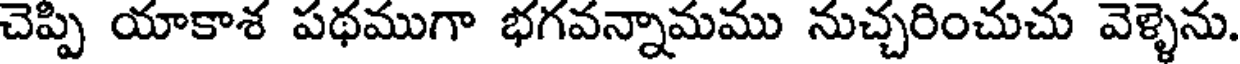
చెప్పి యాకాశ పథముగా భగవన్నామము నుచ్చరించుచు వెళ్ళెను.